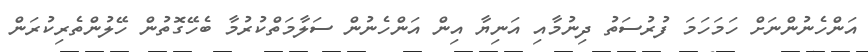
އަންހެނުންނަށް ހަމަހަމަ ފުރުސަތު ދިނުމާއި އަނިޔާ އިން އަންހެނުން ސަލާމަތްކުރުމާ ބެހޭގޮތުން ހޭލުންތެރިކުރަން